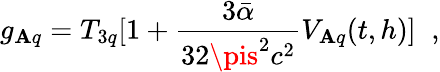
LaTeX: g_{\mathbf{A}q}=T_{3q}[1+\frac{{3\bar{{\alpha}}}}{{32\pis^{2}c^{2}}}V_{\mathbf{A}q}(t,h)]\; \; ,